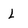
Character: L